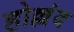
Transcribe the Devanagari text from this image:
होल्लंद